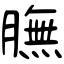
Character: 膴